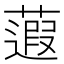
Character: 蕸